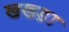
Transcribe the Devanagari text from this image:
खखड़ा